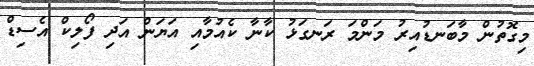
މިގޮތުން މާބަނޑުއިރު މަންމަ ރަނގަޅު ކާނާ ކެއުމާއި އަޔަން އަދި ފޯލިކް އެސިޑް